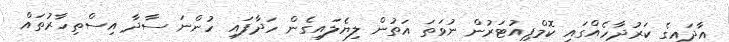
އާދައިގެ ކަރުދާހެއްގައި ކޮމްޕިއުޓަރުން ނުވަތަ އަތުން ލިޔެލައިގެން ހަދާފައި ހުންނަ ސާދާ އިސްތިހާރުތައް